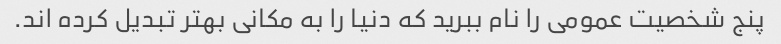
پنج شخصیت عمومی را نام ببرید که دنیا را به مکانی بهتر تبدیل کرده اند.